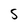
Character: S